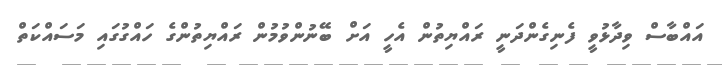
އައްބާސް ވިދާޅުވީ ފެނިގެންދަނީ ރައްޔިތުން އެހީ އަށް ބޭނުންވުމުން ރައްޔިތުންގެ ހައްގުގައި މަސައްކަތް